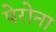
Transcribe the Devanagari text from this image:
पेरोना